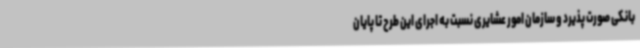
بانکی صورت پذیرد و سازمان امور عشایری نسبت به اجرای این طرح تا پایان